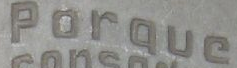
Porque